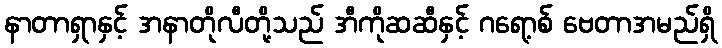
နာတာရှာနှင့် အနာတိုလီတို့သည် အီကိုဆဆီနှင့် ဂရော့စ် ဗေတာအမည်ရှိ